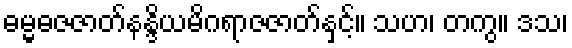
ဓမ္မဓဇဇာတ်နန္ဒိယမိဂရာဇဇာတ်နှင့်။ သဟ၊ တကွ။ ဒသ၊